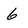
Character: 6